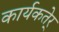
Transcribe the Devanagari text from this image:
कार्यकतेर्